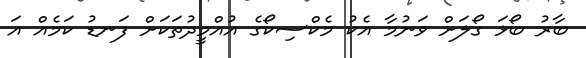
ބާރު ބޯޅަ ގޯލަށް ވަނުމާ އެކު މެކްސިކޯގެ އުއްމީދުތަކަށް ފަނޑު ކަމެއް އަ